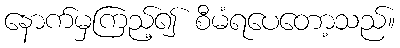
နောက်မှကြည့်၍ စီမံရပေတော့သည်။